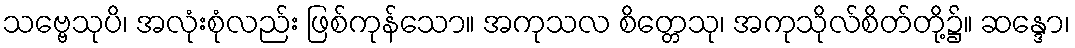
သဗ္ဗေသုပိ၊ အလုံးစုံလည်း ဖြစ်ကုန်သော။ အကုသလ စိတ္တေသု၊ အကုသိုလ်စိတ်တို့၌။ ဆန္ဒော၊